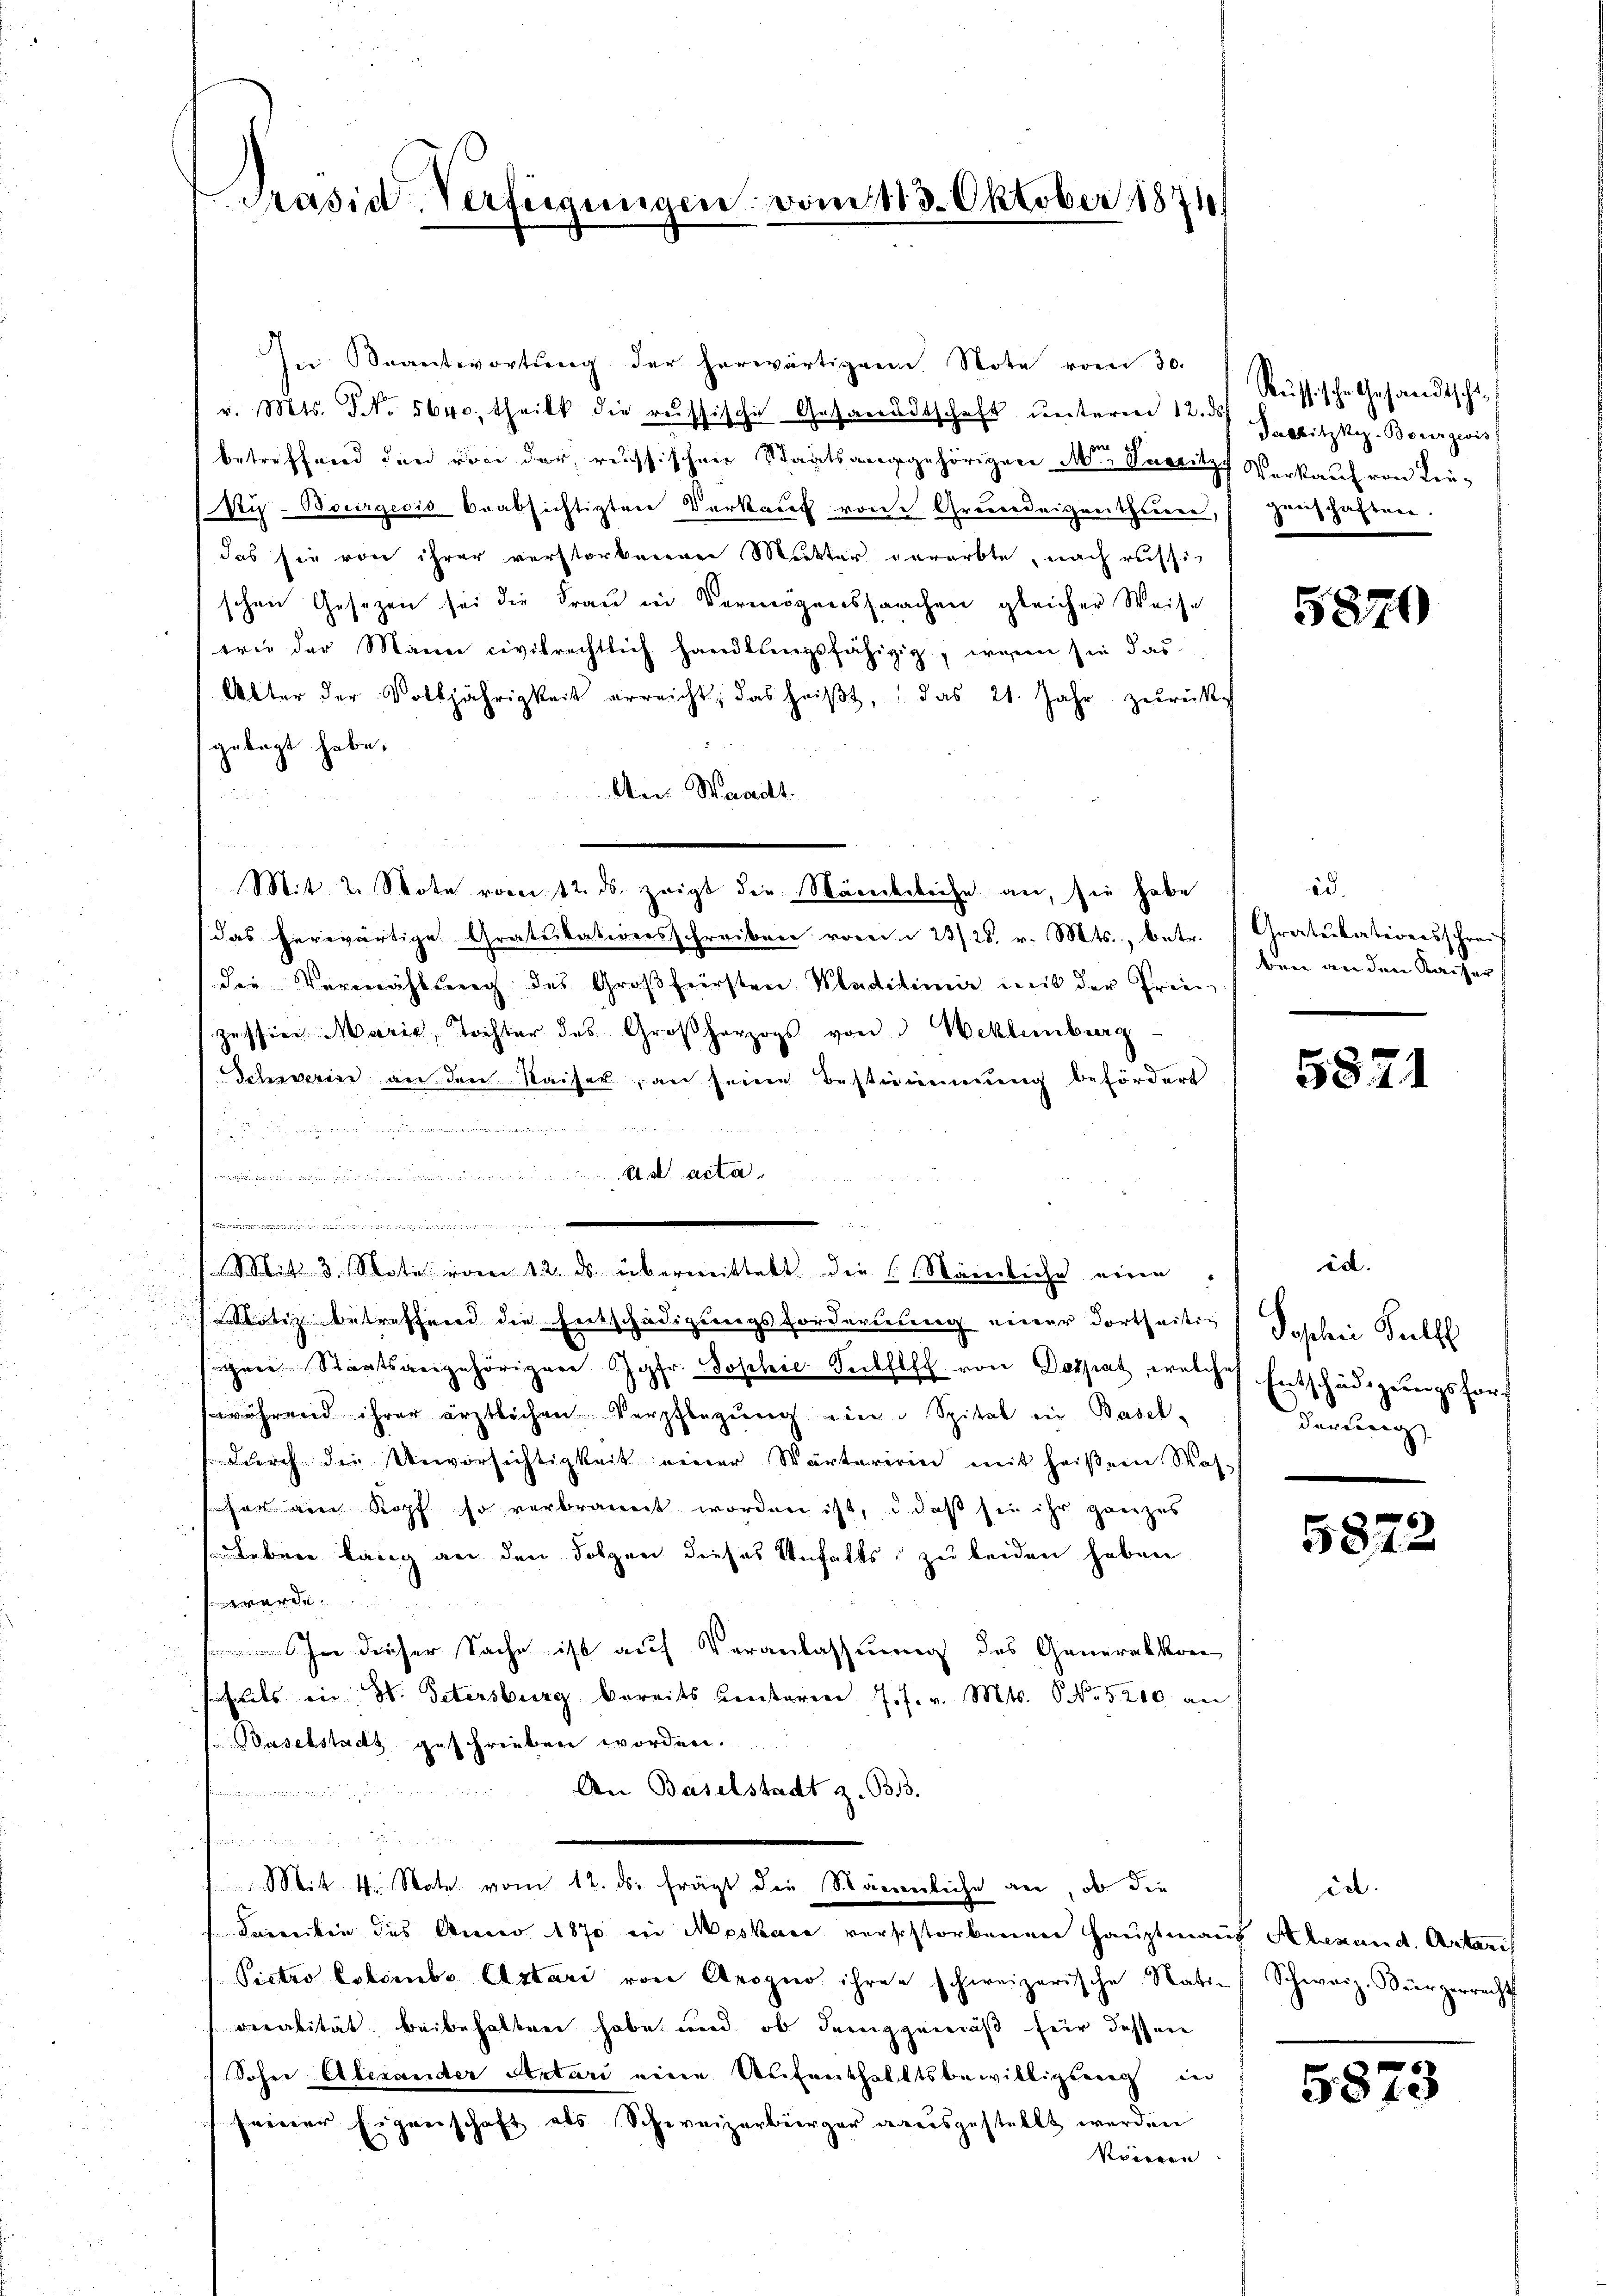
Präsid. Verfügungen vom 113. Oktober 1874

In Beantwortŭng der herwärtigen Note vom 30.
r. Mts. NNo. 5640. theilt die russische Gesandtschaft unteren 12. ds.
betreffend den von der reussischen Staatsang gehörigen Mor. Versitz Verkauf von Lie¬
Sty-Bourgeois beabsichtigten Verkauf von Greundeigentheuere, Hanshagenen.
das sie von ihrer verstorbenen Mutter vererbte, nach russischen Gesezen sei die Frau in Vermögenssachen gleicher Weise
wie der Mann civilrechtlich handlungsfähigig, wenn sie das
Alter der Volljährigkeit erreicht, das heiβt, das 21. Jahr zŭrückgelegt habe.
An Waadt.
u
Mit 2. Note vom 12. ds. zeigt die Mänederleihe an, sie habe
das herwärtige Gratuitationsschreiben vom 23/26. v. Mts., betr. Gratulationsschreif
die Vermählung des Großfürsten Kladitimir mit der Frie
zessier Maria, Tochter des Großherzogs von 3 Weklenburg
Schwein an den Kaiser, an seine Bestimmung befördert

.
a
.
Mit 3. Note vom 12. ds. übermittelt die Nämliche eine / id.
Notiz betreffend die Entschädigungsforderung einer dortseitig Poschein Publ
gen Staatsangehörigen Jgfr. Joschie-Sulflich von Despas, welches Entschädigungsfors
während ihrer ärztlichen Verpflegŭng ein " Spital in Basel-
dŭrch die Unvorsichtigkeit einer Wärteriren mit heißem Was-
fer eine Kopf so verbrannt worden ist, daß sei ihr ganzes
Leben lang an den Folgen dieses Unfalls zu beiden haben
werde
In dieser Sache ist auf Veranlassung des Generalkon
seits in W. Petersburg bereits Centaren J. J. v. Mts. No. 5200 an
Baselstadt geschrieben worden.
An Baselstadt z. B.

Mit 4. Note vom 12. ds. frägt die Stänenliche an, ob die
Feereiten des Anno 1870 in Moskare verschtorbenen Hauptmans Alexand. Artari
Pictro Colombs Astari von Aeogno ihren schweizerische Natin Schweiz. Bürgerrecht
veralität beibehalten habe und ob demgemäß für dessen
Sohne Aberander Antari eine Aufenthaltsbewilligserg in
seiner Eigenschaft als Schweizerbürger rausgestellt werden
Vonnern

Russische Gesandtscha¬
Jablitzkiz-Bourgeois

5870

id.
ben an den Kaiser

5821

derung

5872

ia.

5873